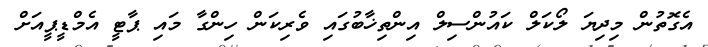
އެގޮތުން މިދިޔަ ލޯކަލް ކައުންސިލް އިންތިޚާބުގައި ވެރިކަން ހިންގާ މައި ޕާޓީ އެމްޑީޕީއަށް